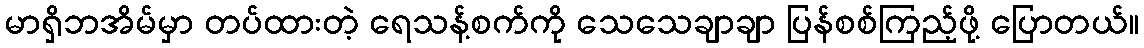
မာရှိဘအိမ်မှာ တပ်ထားတဲ့ ရေသန့်စက်ကို သေသေချာချာ ပြန်စစ်ကြည့်ဖို့ ပြောတယ်။